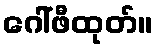
ဂေါ်ဖီထုတ်။